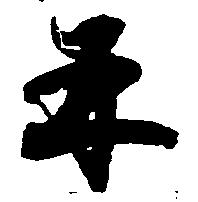
并